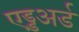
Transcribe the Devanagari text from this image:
एड्डअर्ड